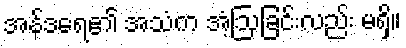
အန်ဒရေ၏ အသံက အံ့ဩခြင်းလည်း မရှိ။